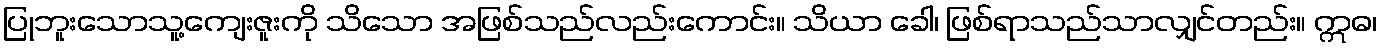
ပြုဘူးသောသူ့ကျေးဇူးကို သိသော အဖြစ်သည်လည်းကောင်း။ သိယာ ခေါ၊ ဖြစ်ရာသည်သာလျှင်တည်း။ ဣဓ၊